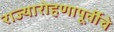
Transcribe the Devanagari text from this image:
राज्यारोहणापूर्वीचे